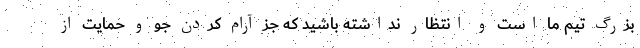
بزرگ تیم ما است و انتظار نداشته باشید که جز آرام کردن جو و حمایت از